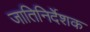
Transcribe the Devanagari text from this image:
जातिनिर्देशक